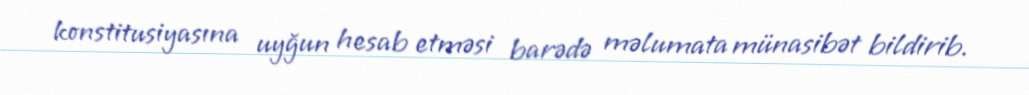
konstitusiyasına uyğun hesab etməsi barədə məlumata münasibət bildirib.